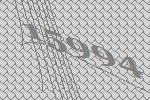
15994